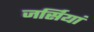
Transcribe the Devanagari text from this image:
जर्सियां